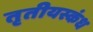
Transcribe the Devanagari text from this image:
तृतीयस्कंध